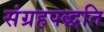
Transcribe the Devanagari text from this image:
संग्रहपद्धति